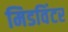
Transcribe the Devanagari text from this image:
मिडविंटर